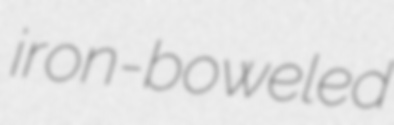
iron-boweled